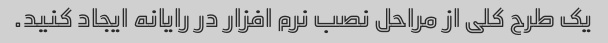
یک طرح کلی از مراحل نصب نرم افزار در رایانه ایجاد کنید.